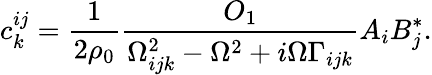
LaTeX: c_{k}^{ij}=\frac{1}{2\rho_{0}}\frac{O_{1}}{\Omega_{ijk}^{2}-\Omega^{2}+i\Omega\Gamma_{ijk}}A_{i}B_{j}^{*}.